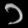
Digit: ၁